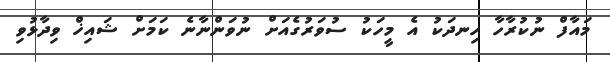
މައާފް ނުކުރާހާ ހިނދަކު އެ މީހަކު ސުވަރުގެއަށް ނުވަންނާނެ ކަމަށް ޝައިޚް ވިދާޅުވި